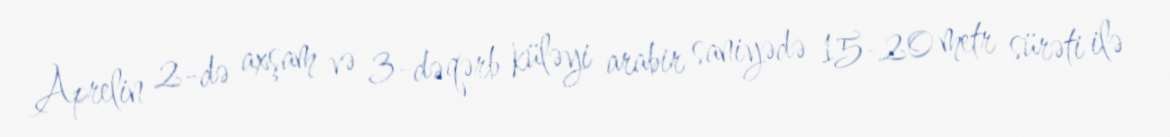
Aprelin 2-də axşam və 3-də qərb küləyi arabir saniyədə 15-20 metr sürəti ilə